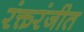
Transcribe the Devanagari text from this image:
रंक्तरंजीत